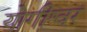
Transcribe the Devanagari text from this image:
योगीश्वर